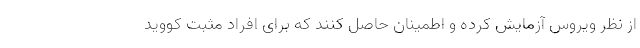
از نظر ویروس آزمایش کرده و اطمینان حاصل کنند که برای افراد مثبت کووید